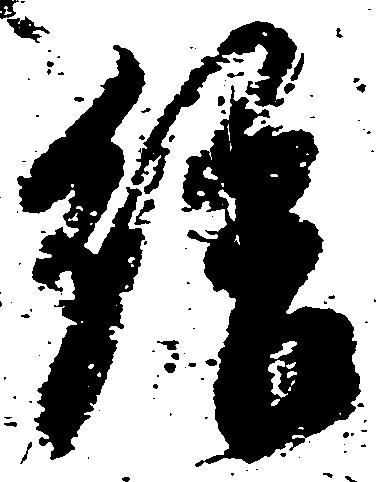
給